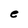
Character: e